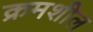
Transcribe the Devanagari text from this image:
क्रमशील